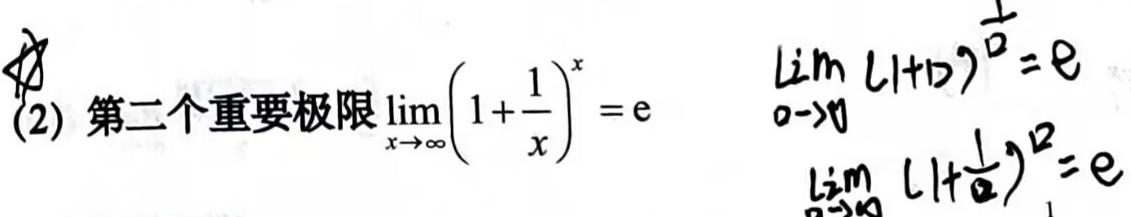
(2) 第二个重要极限$\lim_{x \to \infty} \left(1 + \frac{1}{x}\right)^x = \mathrm{e}$
$\lim_{t \to 0} (1 + t)^{\frac{1}{t}} = \mathrm{e}$
$\lim_{n \to \infty} \left(1 + \frac{1}{n}\right)^n = \mathrm{e}$